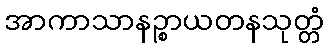
အာကာသာနဉ္စာယတနသုတ္တံ